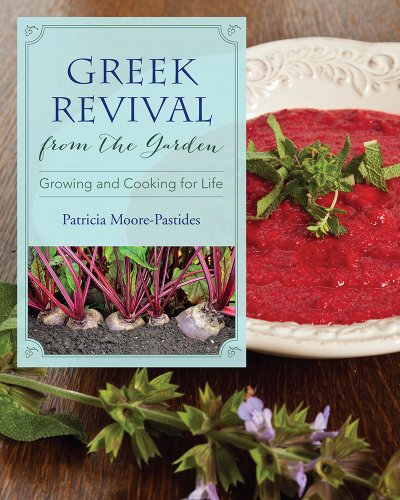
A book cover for Greek Revival from the Garden: Growing and Cooking for Life (Young Palmetto Books); Patricia Moore-Pastides; Teen & Young Adult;